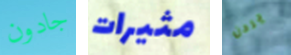
جادون مثيرات يردن